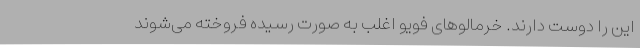
این را دوست دارند. خرمالوهای فویو اغلب به صورت رسیده فروخته می‌شوند